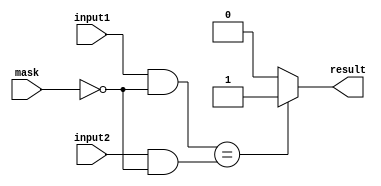
module masked_comparator (
    input [7:0] input1,
    input [7:0] input2,
    input [7:0] mask,
    output reg result
);

reg [7:0] masked_input1;
reg [7:0] masked_input2;

assign masked_input1 = input1 & ~mask;
assign masked_input2 = input2 & ~mask;

always @* begin
    result = (masked_input1 == masked_input2) ? 1'b1 : 1'b0;
end

endmodule